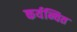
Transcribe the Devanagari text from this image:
कर्यन्वित